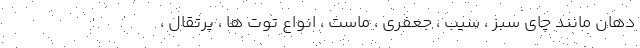
دهان مانند چای سبز ، سیب ، جعفری ، ماست ، انواع توت ها ، پرتقال ،